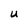
Character: U